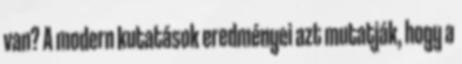
van? A modern kutatások eredményei azt mutatják, hogy a